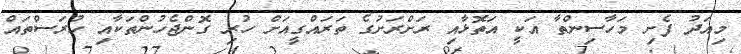
މިއަދު ފެށި މަހާސިންތާ އަކީ އަތޮޅާއި ރަށްރަށުގެ ތަރައްގީއަށް ހުރި ގޮންޖެހުންތަކާއި ހުރަސްތައް